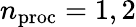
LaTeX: n_{\mathrm{proc}}=1,2